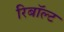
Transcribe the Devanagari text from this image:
रिबॉल्ट